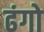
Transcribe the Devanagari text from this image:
ढंगो